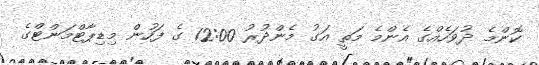
ކޮންމެ ދުވަހެއްގެ އެންމެ މަތީ އަގު މެންދުރު 12:00 ގެ ފަހުން މިޑިޕާޓްމަންޓްގެ